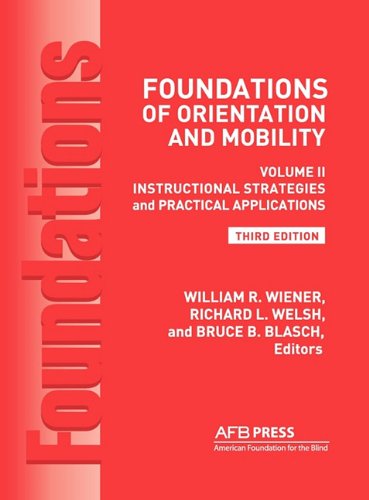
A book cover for Foundations of Orientation and Mobility: Instructional Strategies and Practical Applications Vol.2; Health, Fitness & Dieting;